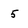
Character: 5